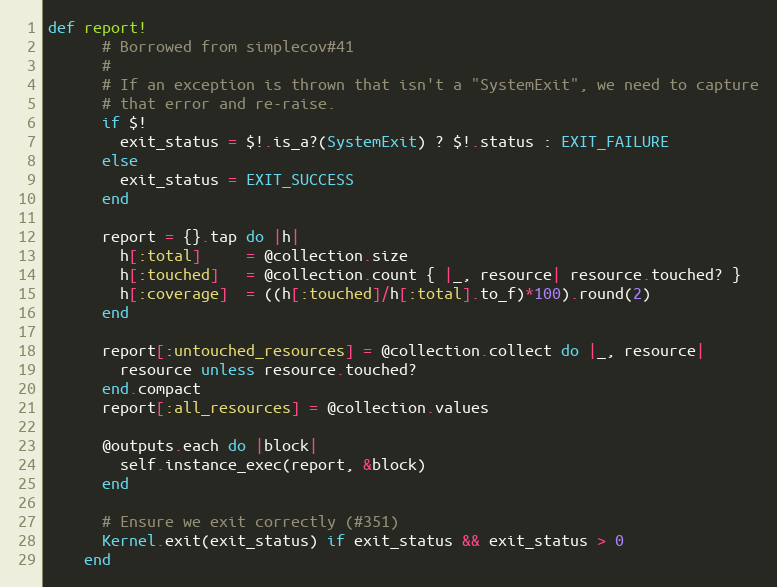
Language: Ruby
def report!
      # Borrowed from simplecov#41
      #
      # If an exception is thrown that isn't a "SystemExit", we need to capture
      # that error and re-raise.
      if $!
        exit_status = $!.is_a?(SystemExit) ? $!.status : EXIT_FAILURE
      else
        exit_status = EXIT_SUCCESS
      end

      report = {}.tap do |h|
        h[:total]     = @collection.size
        h[:touched]   = @collection.count { |_, resource| resource.touched? }
        h[:coverage]  = ((h[:touched]/h[:total].to_f)*100).round(2)
      end

      report[:untouched_resources] = @collection.collect do |_, resource|
        resource unless resource.touched?
      end.compact
      report[:all_resources] = @collection.values

      @outputs.each do |block|
        self.instance_exec(report, &block)
      end

      # Ensure we exit correctly (#351)
      Kernel.exit(exit_status) if exit_status && exit_status > 0
    end